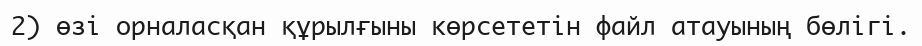
2) өзі орналасқан құрылғыны көрсететін файл атауының бөлігі.